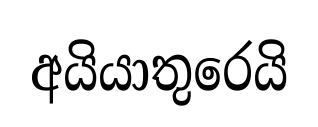
අයියාතුරෙයි